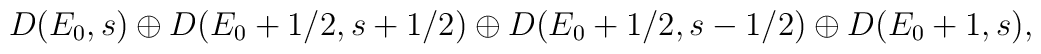
D(E_0,s) \oplus D(E_0 +1/2, s+ 1/2) \oplus D(E_0 + 1/2, s-1/2) \oplus D(E_0 +1, s),